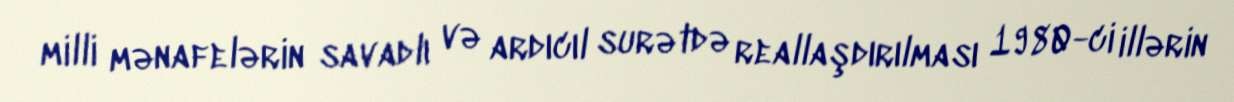
milli mənafelərin savadlı və ardıcıl surətdə reallaşdırılması 1980-ci illərin